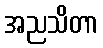
အညသိတာ